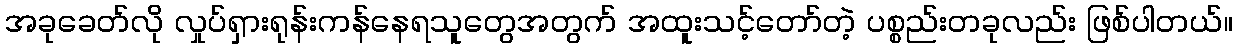
အခုခေတ်လို လှုပ်ရှားရုန်းကန်နေရသူတွေအတွက် အထူးသင့်တော်တဲ့ ပစ္စည်းတခုလည်း ဖြစ်ပါတယ်။